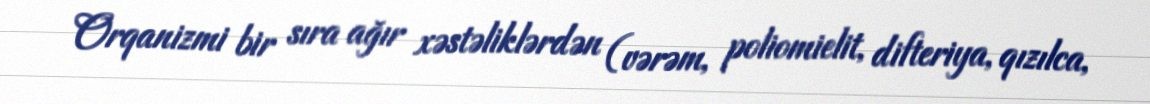
Orqanizmi bir sıra ağır xəstəliklərdən (vərəm, poliomielit, difteriya, qızılca,